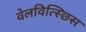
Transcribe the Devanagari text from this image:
वेलवित्स्छिस